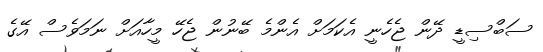
ސަބްސިޑީ ދޭން ޖެހެނީ އެކަމަށް އެންމެ ބޭނުން ޖެހޭ މީހާއަށް ނަމަވެސް އޭގެ